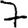
Digit: 7